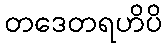
တဒေတရဟိပိ